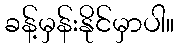
ခန့်မှန်းနိုင်မှာပါ။